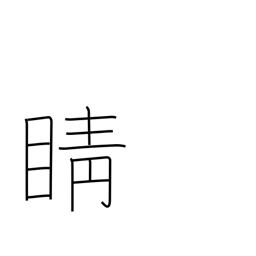
Meaning: pupil of the eye